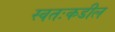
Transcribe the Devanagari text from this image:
स्वतःकडील